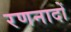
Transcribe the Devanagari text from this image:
रणनादों